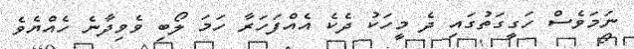
ނަމަވެސް ހަގީގަތުގައި ދެ މީހަކު ދެކެ އެއްފަހަރާ ހަމަ ލޯބި ވެވިދާނެ ހެއްޔެވެ